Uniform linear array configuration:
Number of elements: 48
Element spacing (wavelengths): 0.25
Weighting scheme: hann
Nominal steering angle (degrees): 15
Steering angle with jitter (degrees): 14.164
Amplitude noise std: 0.05
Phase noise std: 0.05

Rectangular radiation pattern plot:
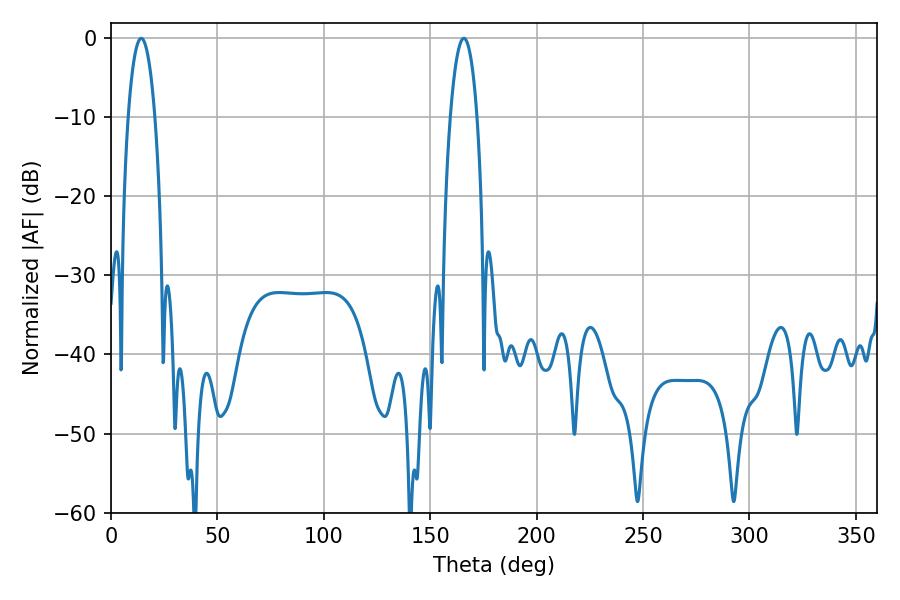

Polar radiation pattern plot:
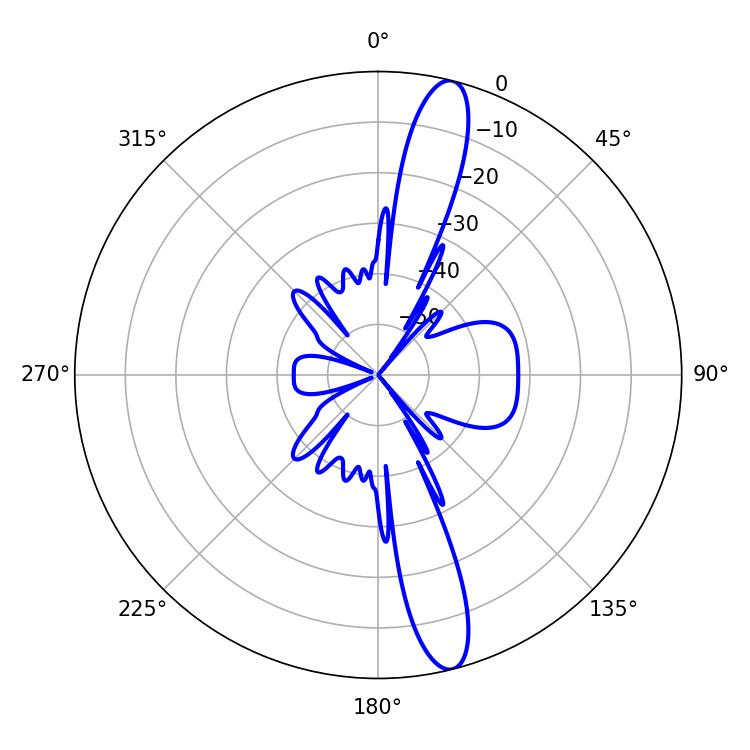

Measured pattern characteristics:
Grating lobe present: FALSE
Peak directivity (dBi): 14.889
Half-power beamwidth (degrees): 7.02
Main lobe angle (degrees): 165.78